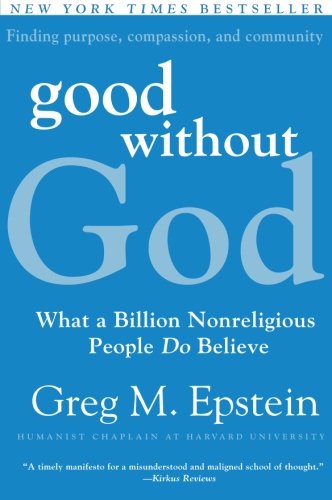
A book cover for Good Without God: What a Billion Nonreligious People Do Believe; Greg Epstein; Religion & Spirituality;